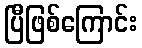
ပြီဖြစ်ကြောင်း